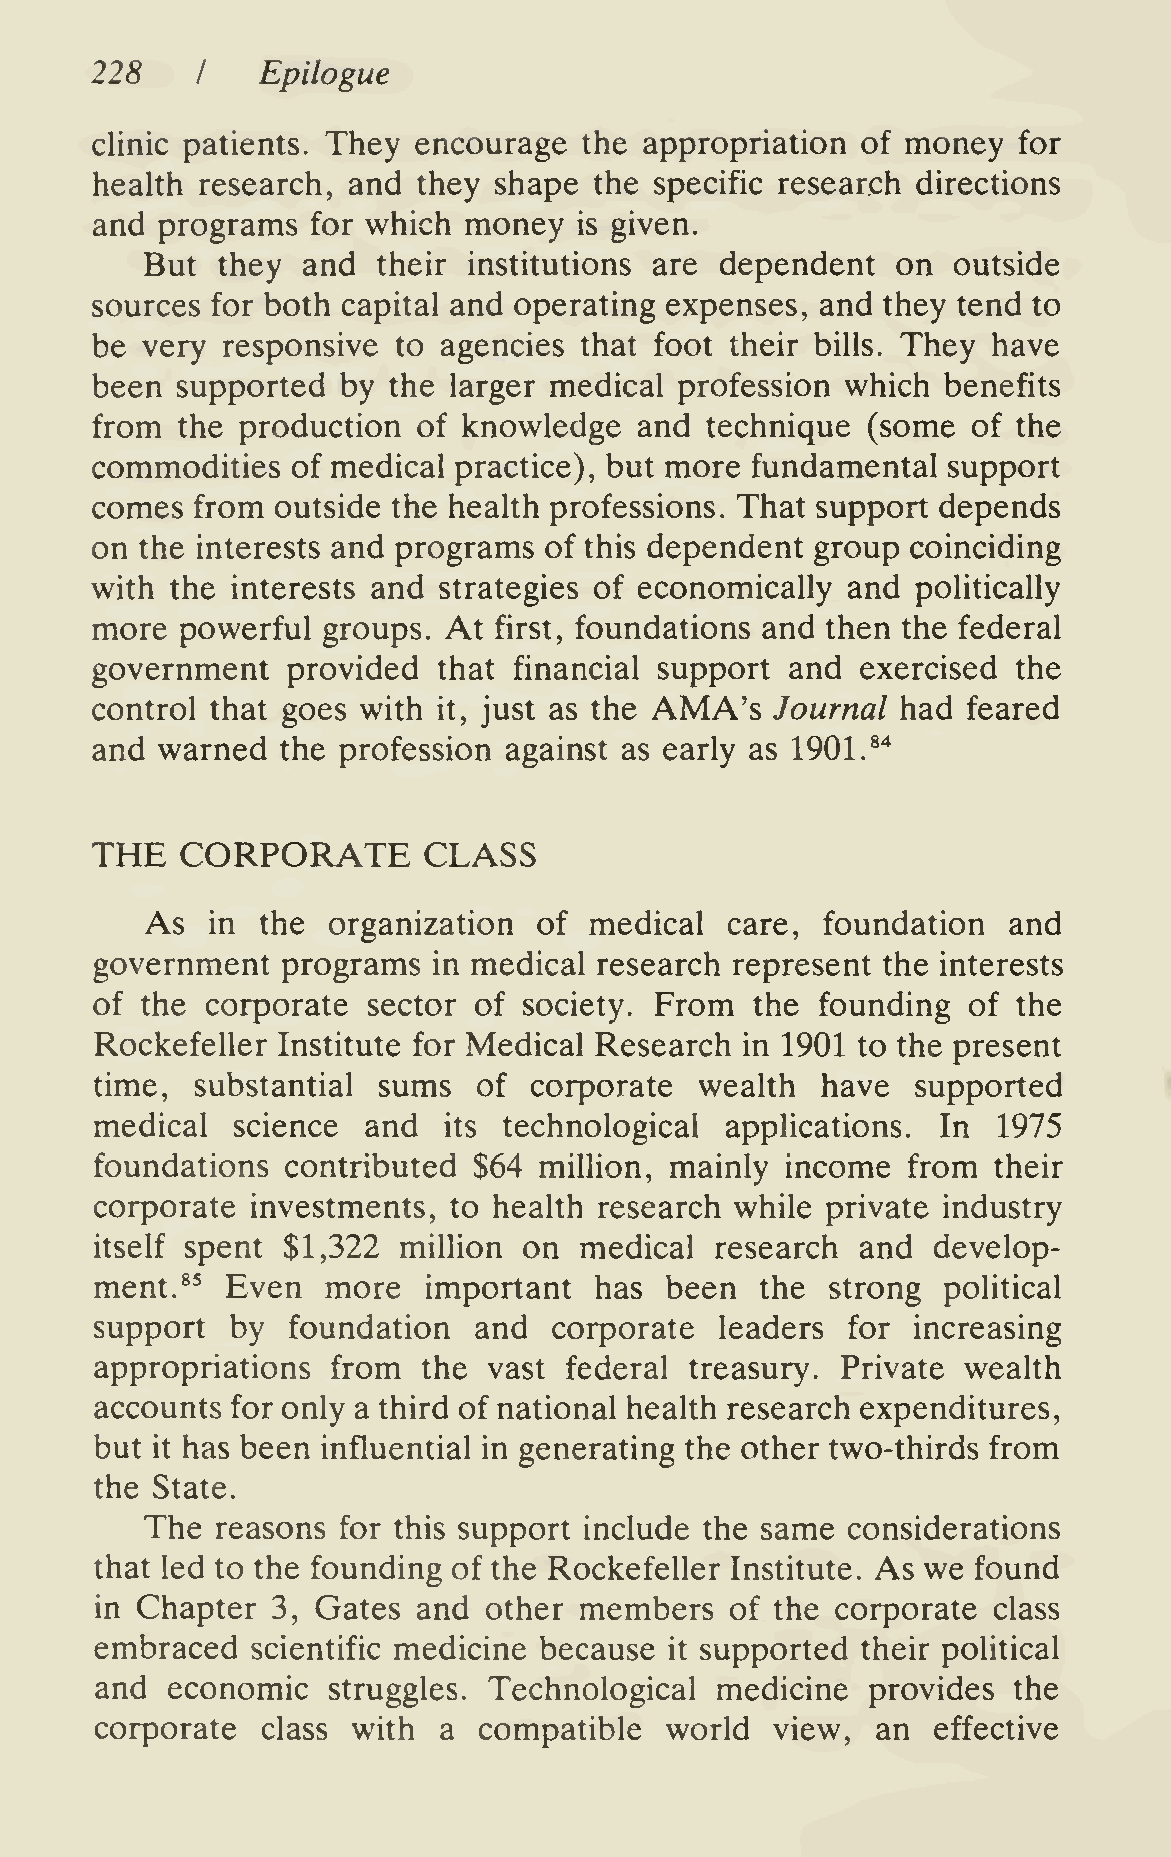
228        Epilogue
 I
 clinic patients. They encourage  the appropriation of money  for
 health research, and  they shape the specific research directions
 and programs   for which money  is given.
 But they  and  their institutions are dependent  on  outside
 sources for both capital and operating expenses, and they tend to
 be very  responsive to agencies that foot their bills. They have
 been  supported  by the larger medical profession which  benefits
 from  the production  of knowledge  and  technique (some  of the
 commodities  of medical practice), but more fundamental  support
 comes  from outside the health professions. That support depends
 on the interests and programs of this dependent group coinciding
 with the interests and strategies of economically and  politically
 more  powerful groups. At  first, foundations and then the federal
 government   provided  that financial support and  exercised the
 control that goes with it, just as the AMA's Journal  had feared
 and warned   the profession against as early as 1901.**
 THE   CORPORATE       CLASS
 As  in the  organization  of medical  care, foundation   and
 government   programs  in medical research represent the interests
 of the  corporate sector of  society. From  the founding  of the
 Rockefeller Institute for Medical Research in 1901 to the present
 time,  substantial sums   of corporate  wealth  have   supported
 medical  science  and  its technological  applications. In  1975
 foundations  contributed $64  milHon, mainly  income  from  their
 corporate  investments, to health research while private industry
 itself spent $1,322 million  on medical  research  and  develop-
 ment.*^  Even   more  important  has  been  the  strong political
 support  by  foundation  and   corporate  leaders for increasing
 appropriations  from  the vast federal  treasury. Private wealth
 accounts for only a third of national health research expenditures,
 but it has been influential in generating the other two-thirds from
 the State.
 The reasons for this support include the same considerations
 that led to the founding of the Rockefeller Institute. As we found
 in Chapter  3, Gates  and other members   of the corporate  class
 embraced   scientific medicine because it supported their political
 and  economic   struggles. Technological medicine   provides the
 corporate  class with  a  compatible  world  view,  an  effective